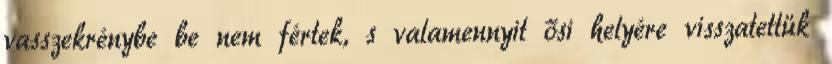
vasszekrénybe be nem fértek, s valamennyit ősi helyére visszatettük